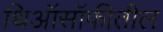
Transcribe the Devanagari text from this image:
थिऑसॉफीतील